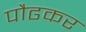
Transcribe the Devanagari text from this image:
पौढकर